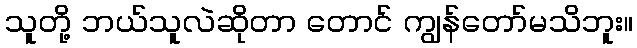
သူတို့ ဘယ်သူလဲဆိုတာ တောင် ကျွန်တော်မသိဘူး။